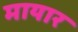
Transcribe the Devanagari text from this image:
मायार